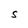
Character: S